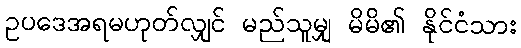
ဥပဒေအရမဟုတ်လျှင် မည်သူမျှ မိမိ၏ နိုင်ငံသား